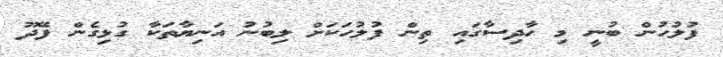
ފުލުހުން ބުނީ މި ހާދިސާގައި ތިން ފުލުހަކަށް ލިބުނު އަނިޔާތަކާ ގުޅިގެން ފޭދޫ